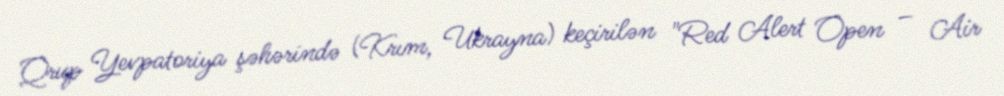
Qrup Yevpatoriya şəhərində (Krım, Ukrayna) keçirilən "Red Alert Open – Air